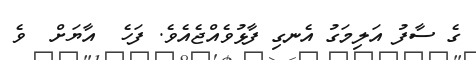
ގެ ސާފު އަލިމަގު އެނގި ފާޅުވެއްޖެއެވެ. ފަހެ  އާޔަށް  ވެ